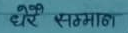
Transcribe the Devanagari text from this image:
धेरै सम्मान